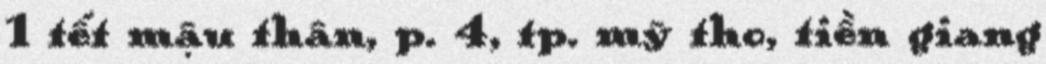
1 tết mậu thân, p. 4, tp. mỹ tho, tiền giang